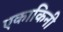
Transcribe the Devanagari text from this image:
एकाकिनी